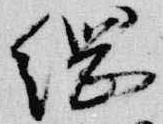
綱